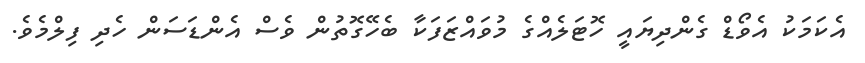
އެކަމަކު އެވޯޑް ގެންދިޔައީ ހޮޓަލެއްގެ މުވައްޒަފަކާ ބެހޭގޮތުން ވެސް އެންޑަސަން ހެދި ފިލްމެވެ.